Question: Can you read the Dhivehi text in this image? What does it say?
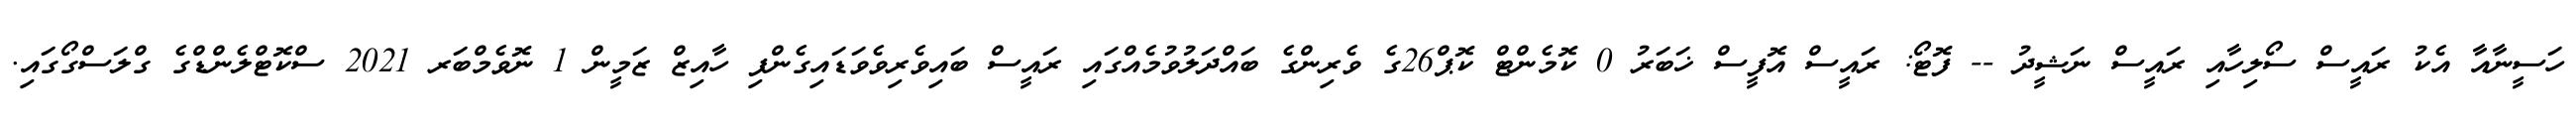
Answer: ހަސީނާއާ އެކު ރައީސް ސޯލިހާއި ރައީސް ނަޝީދު -- ފޮޓޯ: ރައީސް އޮފީސް ޚަބަރު 0 ކޮމެންޓް ކޮޕް26ގެ ވެރިންގެ ބައްދަލުވުމެއްގައި ރައީސް ބައިވެރިވެވަޑައިގެންފި ހާއިޒް ޒަމީން 1 ނޮވެމްބަރ 2021 ސްކޮޓްލެންޑްގެ ގްލަސްގޯގައި.